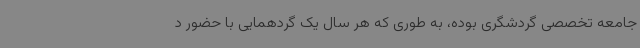
جامعه تخصصی گردشگری بوده، به طوری که هر سال یک گردهمایی با حضور د